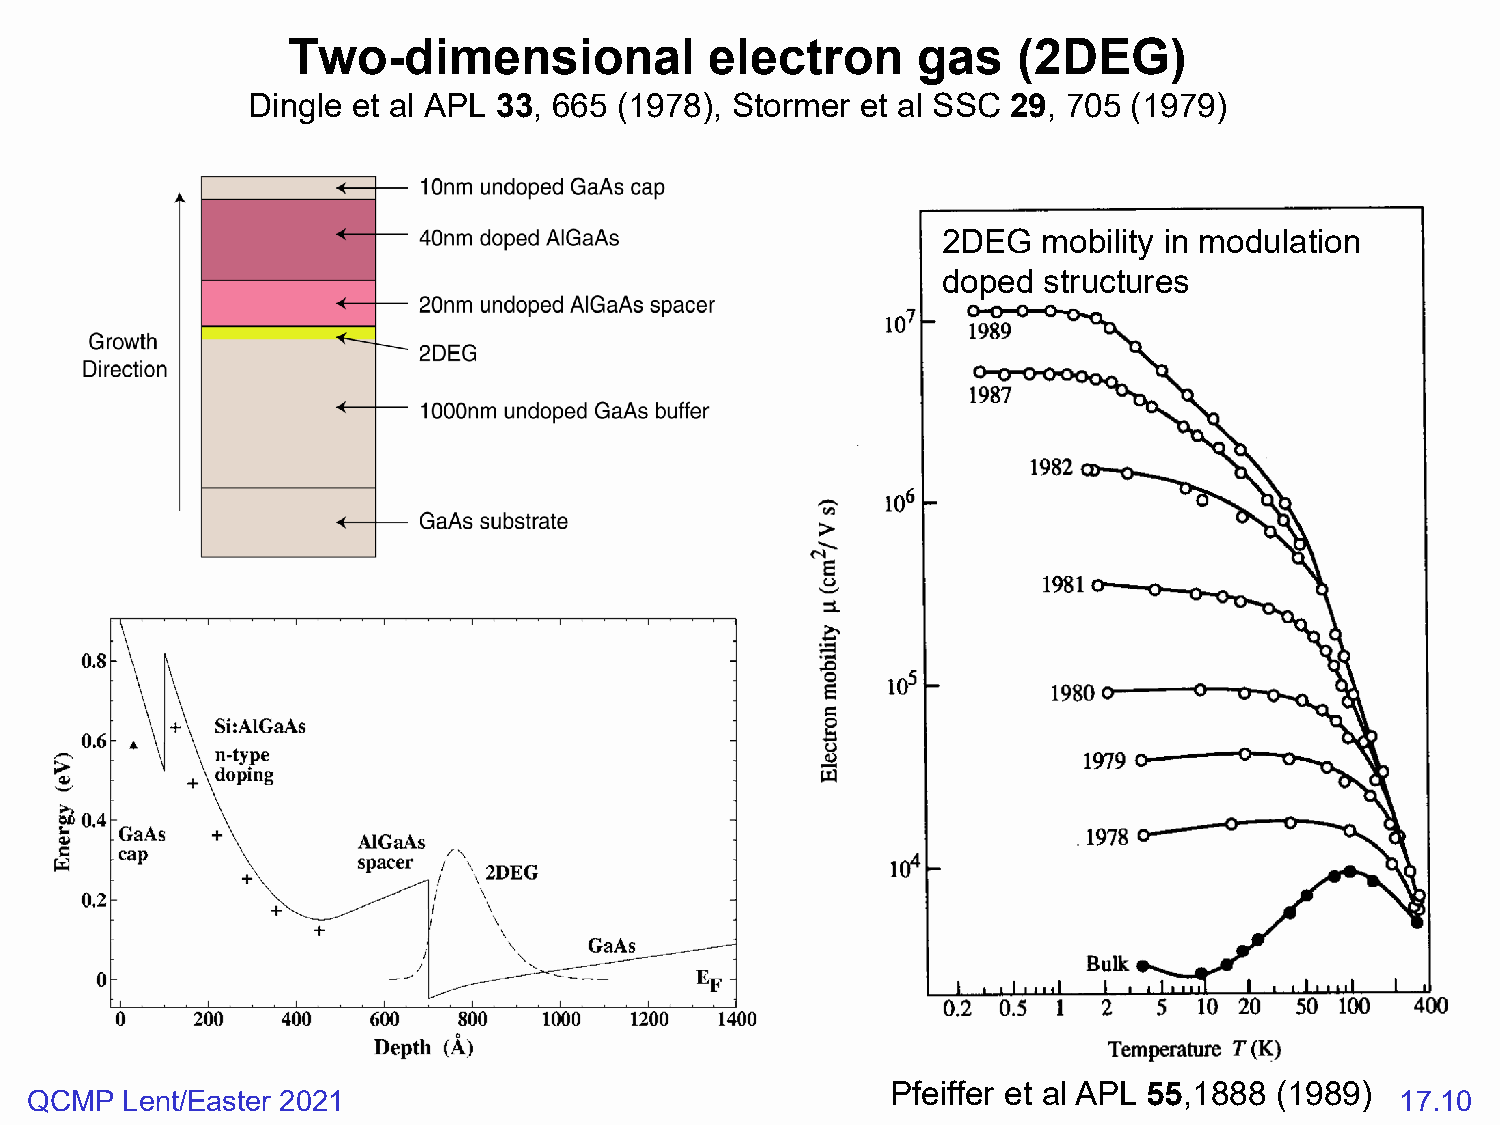
Two-dimensional             electron      gas   (2DEG)
 Dingle et al APL 33, 665 (1978), Stormer et al SSC 29, 705 (1979)
 2DEG   mobility in modulation
 doped  structures
 Pfeiffer et al APL 55,1888 (1989)
 QCMP  Lent/Easter 2021                                                                     17.10